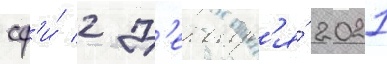
сф'и́ 2 д'екабр'я́ 2021